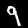
Digit: 9